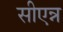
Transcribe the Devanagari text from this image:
सीएन्न